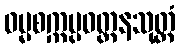
ဓမ္မစက္ကပ္ပဝတ္တနသုတ္တံ